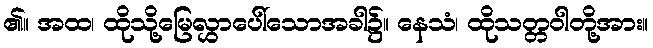
၏။ အထ၊ ထိုသို့မြေလွှာပေါ်သောအခါ၌။ နေသံ၊ ထိုသတ္တဝါတို့အား။